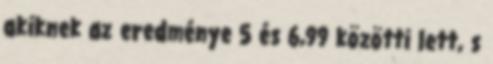
akiknek az eredménye 5 és 6,99 közötti lett, s